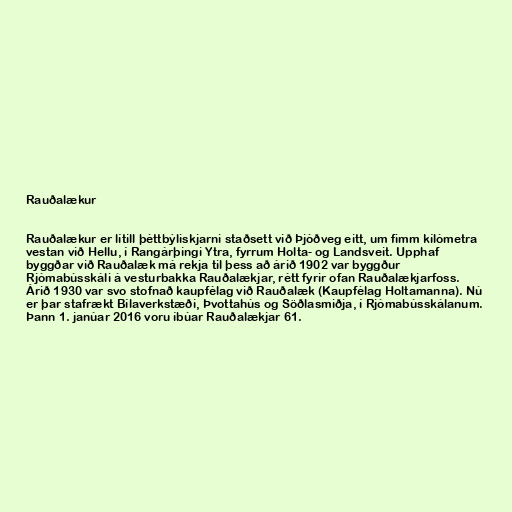
Rauðalækur

Rauðalækur er lítill þéttbýliskjarni staðsett við Þjóðveg eitt, um fimm kílómetra
vestan við Hellu, í Rangárþingi Ytra, fyrrum Holta- og Landsveit. Upphaf
byggðar við Rauðalæk má rekja til þess að árið 1902 var byggður
Rjómabússkáli á vesturbakka Rauðalækjar, rétt fyrir ofan Rauðalækjarfoss.
Árið 1930 var svo stofnað kaupfélag við Rauðalæk (Kaupfélag Holtamanna). Nú
er þar stafrækt Bílaverkstæði, Þvottahús og Söðlasmiðja, í Rjómabússkálanum.
Þann 1. janúar 2016 voru íbúar Rauðalækjar 61.